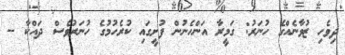
ދިވެހި ޒުވާނެއްގެ ހުނަރު: ގަމީރާ އަންހެނުން ފުށީގައި ކުރެހުމުގެ ހުނަރުވެސް ދައްކާ --